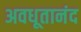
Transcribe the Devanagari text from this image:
अवधूतानंद